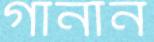
গানান